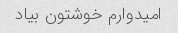
امیدوارم خوشتون بیاد